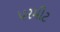
પ૨મીટ